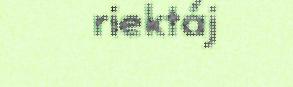
riektáj